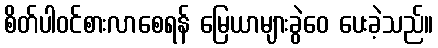
စိတ်ပါဝင်စားလာစေရန် မြေယာများခွဲဝေ ပေးခဲ့သည်။